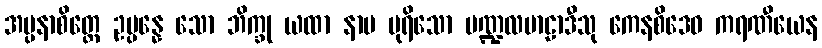
အပ္ပနာစိတ္တေ ဥပ္ပန္နေ သော ဘိက္ခု ယထာ နာမ ပုရိသော မဏ္ဍလမာဠာဒီသု ကေနစိဒေဝ ကရဏီယေန